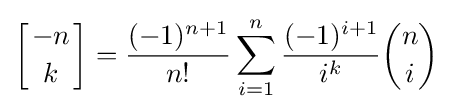
{\biggl [}{-n \atop k}{\biggr ]}={\frac {(-1)^{n+1}}{n!}}\sum _{i=1}^{n}{\frac {(-1)^{i+1}}{i^{k}}}{\binom {n}{i}}